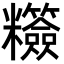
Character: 䊴